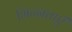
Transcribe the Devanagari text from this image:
भिन्ऩताएँ